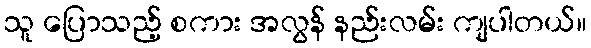
သူ ပြောသည့် စကား အလွန် နည်းလမ်း ကျပါတယ်။